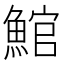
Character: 𩸘